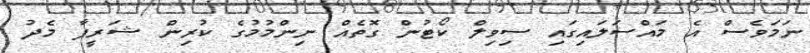
ނަމަވެސް އެ މައްސަލައިގައި ސިވިލް ކޯޓުން ގޮތެއް ނިންމުމުގެ ކުރިން ޝަރީފާ މެދު